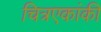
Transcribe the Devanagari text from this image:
चित्रएकांकी